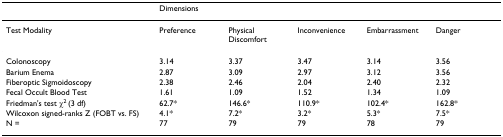
<table><thead><tr><td></td><td colspan="5"><b>Dimensions</b></td></tr></thead><tbody><tr><td>Test Modality</td><td>Preference</td><td>Physical Discomfort</td><td>Inconvenience</td><td>Embarrassment</td><td>Danger</td></tr><tr><td>Colonoscopy</td><td>3.14</td><td>3.37</td><td>3.47</td><td>3.14</td><td>3.56</td></tr><tr><td>Barium Enema</td><td>2.87</td><td>3.09</td><td>2.97</td><td>3.12</td><td>3.56</td></tr><tr><td>Fiberoptic Sigmoidoscopy</td><td>2.38</td><td>2.46</td><td>2.04</td><td>2.40</td><td>2.32</td></tr><tr><td>Fecal Occult Blood Test</td><td>1.61</td><td>1.09</td><td>1.52</td><td>1.34</td><td>1.09</td></tr><tr><td>Friedman&#x27;s test χ<sup>2 </sup>(3 df)</td><td>62.7*</td><td>146.6*</td><td>110.9*</td><td>102.4*</td><td>162.8*</td></tr><tr><td>Wilcoxon signed-ranks Z (FOBT vs. FS)</td><td>4.1*</td><td>7.2*</td><td>3.2*</td><td>5.3*</td><td>7.5*</td></tr><tr><td>N =</td><td>77</td><td>79</td><td>79</td><td>78</td><td>79</td></tr></tbody></table>